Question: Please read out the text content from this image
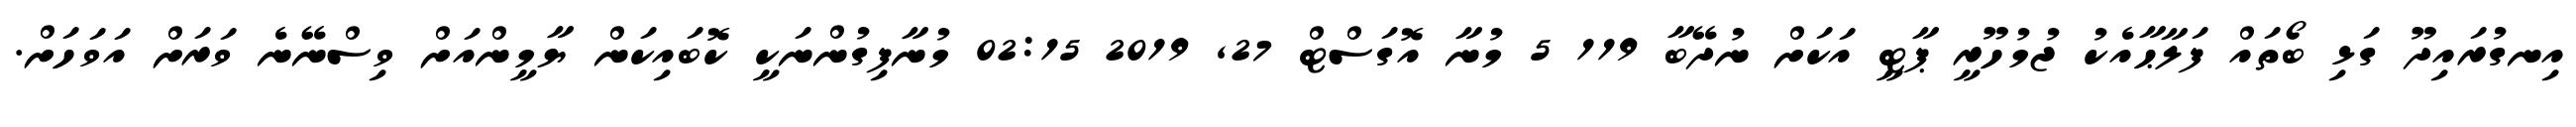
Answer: އިނގުރައިދޫ ގަޅި ބޯތައް ފަލާޙާއެކު ޖުމުހޫރީ ޕާޓީ އަކަށް ނުދޭބާ 119 5 މުނާ އޮގަސްޓް 27, 2019 02:15 މުނާފިގުންނަކީ ކޮބައިކަން ޔާމީންއަށް ވިސްނޭނެ ވަރަށް އަވަހަށް.